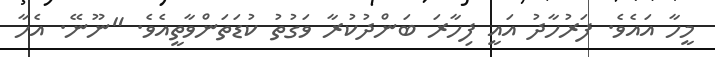
މީހާ އައެވެ. ފަރުހާދު އައީ ފިހާރަ ބަންދުކުރާ ވަގުތު ކުޑަތަންވާތީއެވެ. "ނޫނޭ. އެހާ